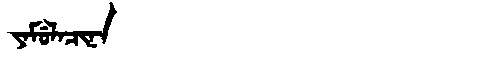
Manchu: ᠶᠠᠮᡠᠯᠠᠴᡳᠨᠠ
Romanization: YAMULACINA